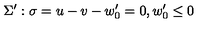
\Sigma ^ { \prime } : \sigma = u - v - w _ { 0 } ^ { \prime } = 0 , w _ { 0 } ^ { \prime } \leq 0